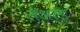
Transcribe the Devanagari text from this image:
लेअर्ड